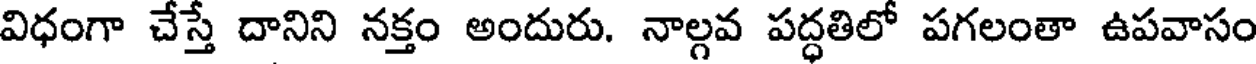
విధంగా చేస్తే దానిని నక్తం అందురు. నాల్గవ పద్ధతిలో పగలంతా ఉపవాసం